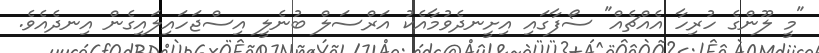
"މީ ލޫންގެ ހުރިހާ އެއްޗެއް" ސޯފާގައި އިށީނދެވުމާއެކު އަރްސަލް ބުނެލީ އިސްޖަހައިލައިގެން އިނދެއެވެ.